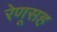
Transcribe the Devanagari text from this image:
रेणूसह